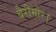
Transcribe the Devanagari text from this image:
बैरीमोर।